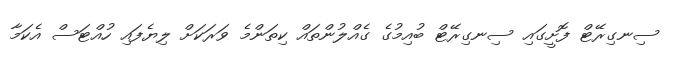
ސިނގިރޭޓް ފޮށީގައި ސިނގިރޭޓް ބުއިމުގެ ގެއްލުންތައް ކިތަންމެ ވަރަކަށް ލިޔެފައި ހުއްޓަސް އެކަމާ